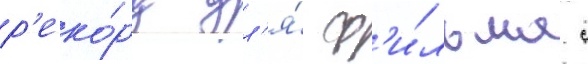
р'еко́рд дл'я́ ф'и́льма с